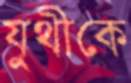
যুথীকে